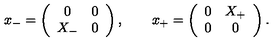
x _ { - } = \left( \begin{array} { c c } { 0 } & { 0 } \\ { X _ { - } } & { 0 } \\ \end{array} \right) , \qquad x _ { + } = \left( \begin{array} { c c } { 0 } & { X _ { + } } \\ { 0 } & { 0 } \\ \end{array} \right) .